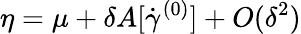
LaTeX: \eta=\mu+\delta A[\dot{\gamma}^{(0)}]+O(\delta^{2})